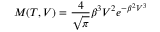
M ( T , V ) = \frac { 4 } { \sqrt { \pi } } \beta ^ { 3 } V ^ { 2 } e ^ { - \beta ^ { 2 } V ^ { 3 } }